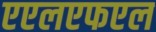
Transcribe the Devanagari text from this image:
एएलएफएल